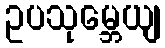
ဥပသုမ္ဘေယျ